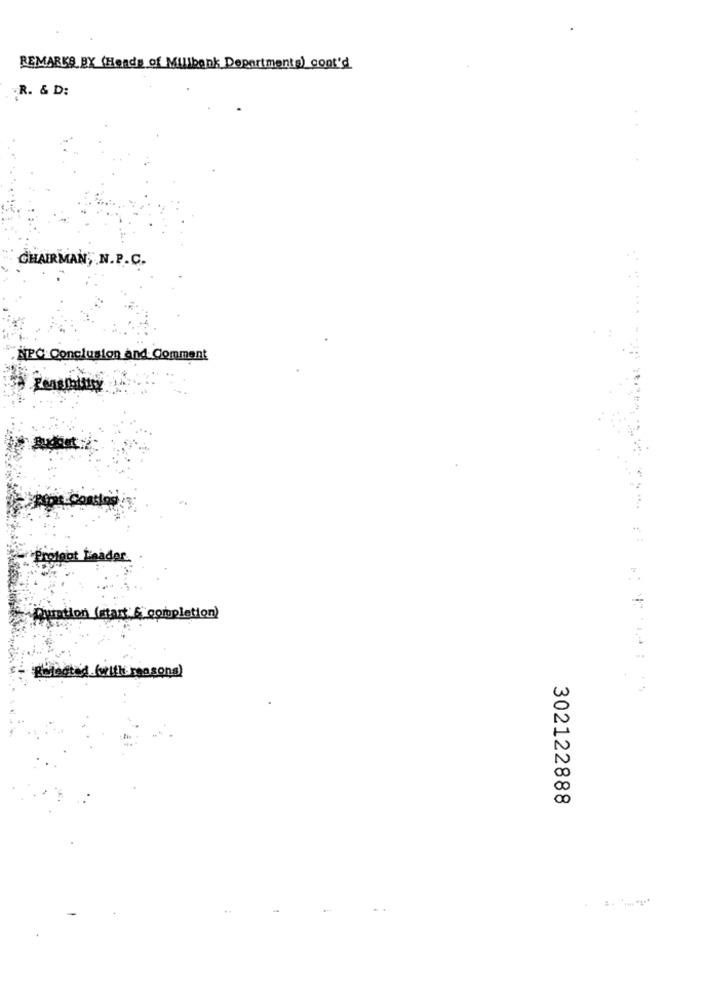
REMARKS BY (Heads of Millbank Departments) cont'd
R. & D:
CHAIRMAN, N.P.C.
. NPC Conclusion and Comment
ador
Quintion (start:6 completion)
Belegtad.(with reasons)
U
U
00
302122888